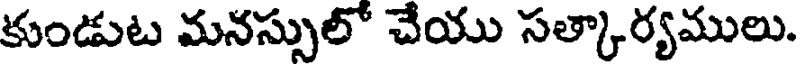
కుండుట మనస్సులో చేయు సత్కార్యములు.